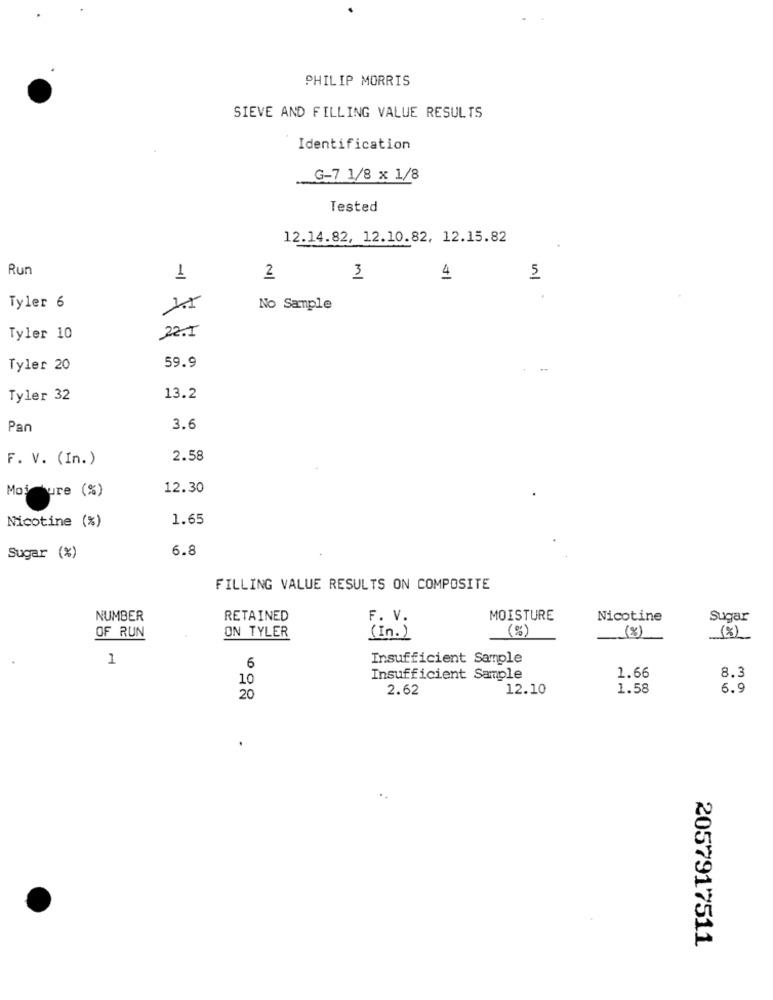
PHILIP MORRIS
SIEVE AND FILLING VALUE RESULTS
Identification
G-7 1/8 x 1/8
Tested
12.14.82, 12.10.82, 12.15.82
Run
1
2
3
4
5
Tyler 6
No Sample
Tyler 10
22.5
Tyler 20
59.9
Tyler 32
13.2
Pan
3.6
F. V. (In.)
2.58
Moisture (%)
12.30
Nicotine (%)
1.65
6.8
Sugar (%)
FILLING VALUE RESULTS ON COMPOSITE
NUMBER
RETAINED
F. V.
MOISTURE
Nicotine
Sugar
OF RUN
ON TYLER
( In . )
(%)
(%)
(x)
1
Insufficient Sample
6
8.3
10
Insufficient Sample
1.66
2.62
12.10
1.58
6.9
20
2057917511